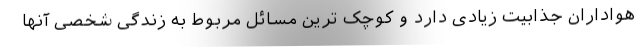
هواداران جذابیت زیادی دارد و کوچک ترین مسائل مربوط به زندگی شخصی آنها